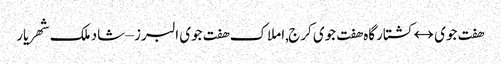
هفت جوی ↔ کشتارگاه هفت جوی کرج,املاک هفت جوی البرز – شاد ملک شهریار